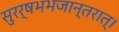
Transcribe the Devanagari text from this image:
सुरर्षभभजान्तरात्।